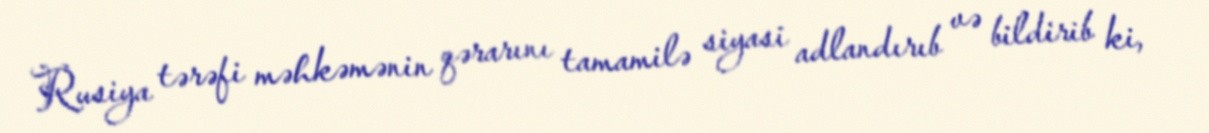
Rusiya tərəfi məhkəmənin qərarını tamamilə siyasi adlandırıb və bildirib ki,